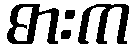
ဓားက